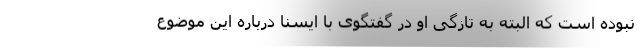
نبوده است که البته به تازگی او در گفتگوی با ایسنا درباره این موضوع